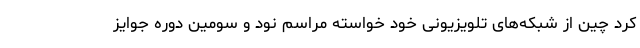
کرد چین از شبکه‌های تلویزیونی خود خواسته مراسم نود و سومین دوره جوایز